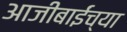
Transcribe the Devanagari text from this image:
आजीबाईंच्या